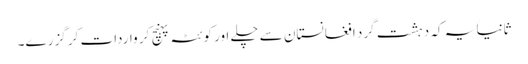
ثانیاً یہ کہ دہشت گرد افغانستان سے چلے اور کوئٹہ پہنچ کر واردات کر گزرے۔